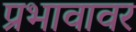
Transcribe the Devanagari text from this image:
प्रभावावर